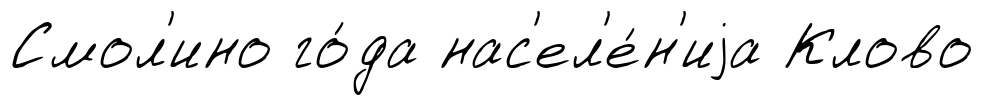
Смол'ино го́да нас'ел'е́н'иjа Клово